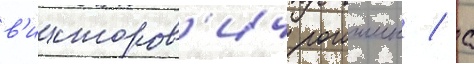
в'икторов'ич рогожин / с